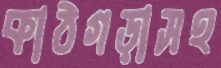
কাঠগড়াসহ